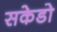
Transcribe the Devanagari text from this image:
सकेडो